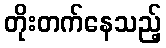
တိုးတက်နေသည့်